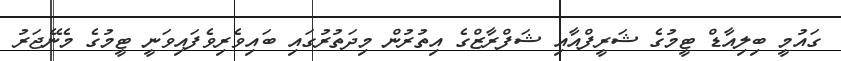
ގައުމީ ބިލިއާޑް ޓީމުގެ ޝަރީފްއާއި ޝަފްރާޒްގެ އިތުރުން މިދަތުރުގައި ބައިވެރިވެފައިވަނީ ޓީމުގެ މެނޭޖަރު